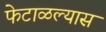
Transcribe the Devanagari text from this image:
फेटाळल्यास